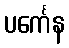
ပင်္ကေန